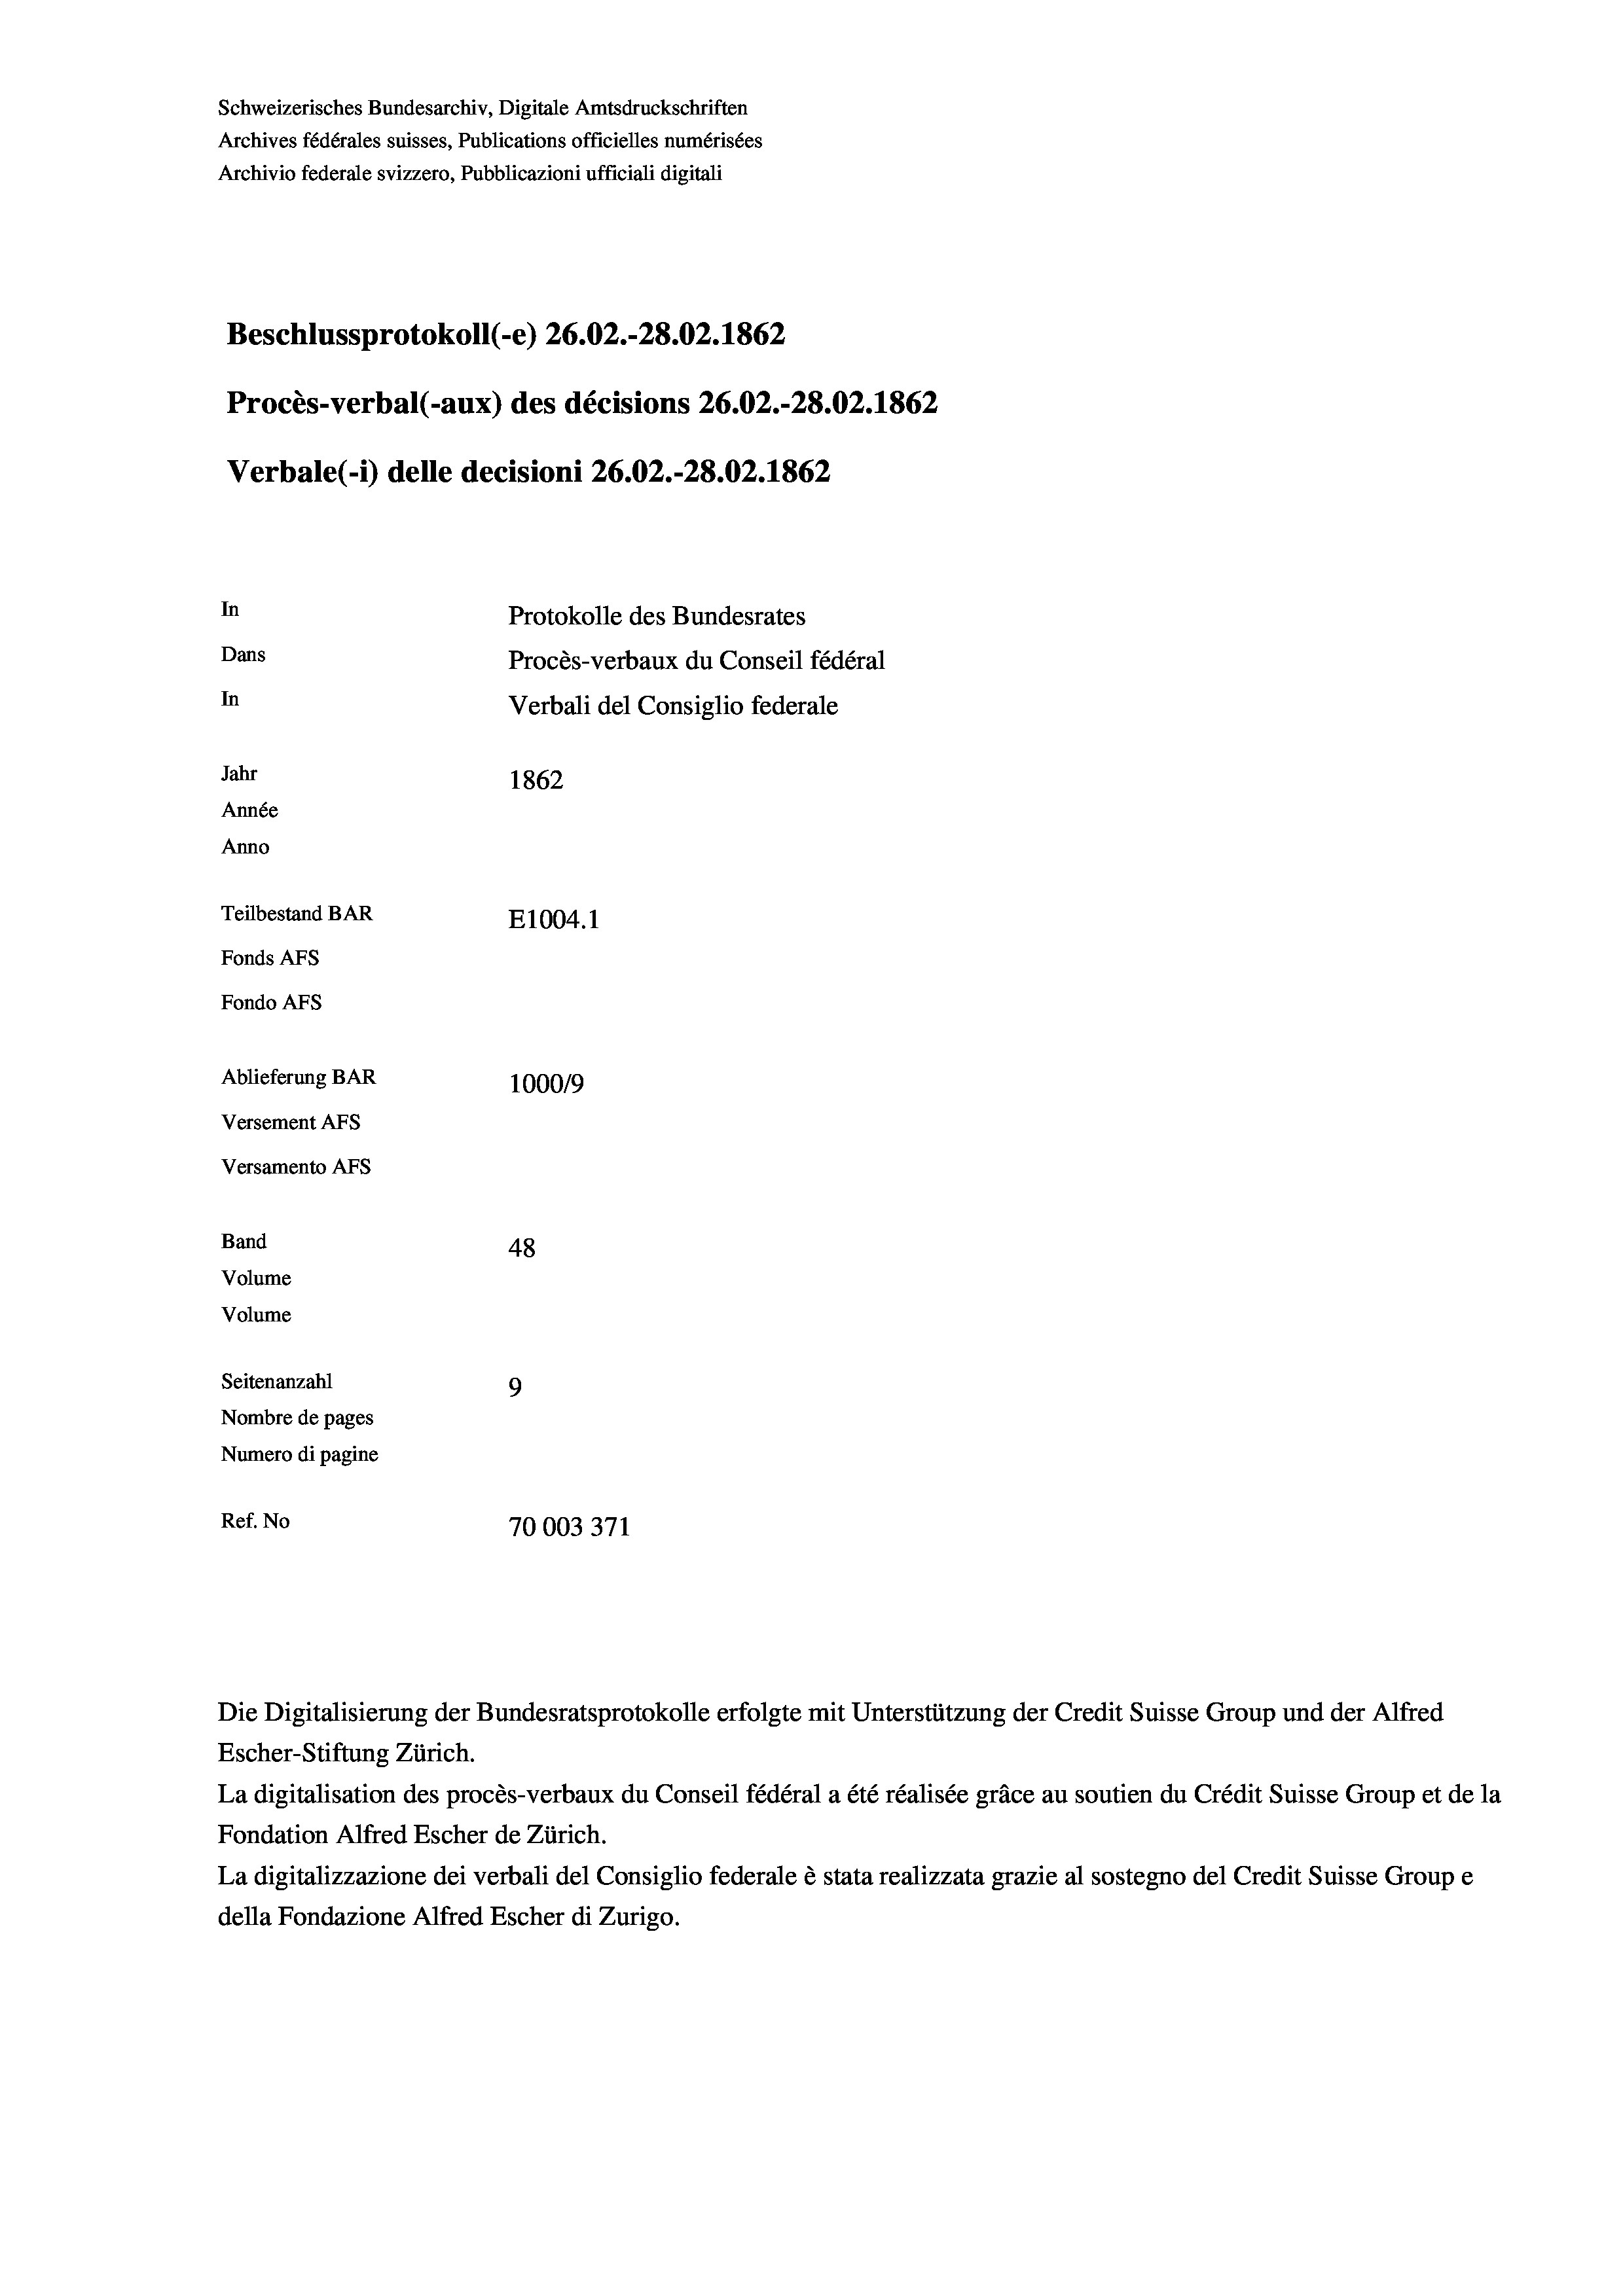
Schweizerisches Bundesarchiv, Digitale Amtsdruckschriften
Archives fédérales suisses, Publications officielles numérisées
Archivio federale svizzero, Pubblicazioni ufficiali digitali
Beschlussprotokoll (-e) 26.02.-28.02. 1862
Procès-verbal (-aux) des décisions 26.02.-28.02. 1862
Verbale (1) delle decisioni 26.02.-28.02. 1862
In
Protokolle des Bundesrates
Dans
Procès-verbaux du Conseil fédéral
In
Verbali del Consiglio federale
Jahr
1862
Année
Anno
Teilbestand BAR
E1004. 1
Fonds AFs
Fondo Afs
Ablieferung BAR
100019
Versement AFs
Versamento AFs

48
Seitenanzahl
9
Nombre de pages
Numero di pagine
Ref. No
70003371

Band
Volume

Volume

La digitalisation des procès-verbaux du Conseil fédéral a été réalisée gräce au soutien du Crédit Suisse Group et de la
Fondation Alfred Escher de Zürich.
La digitalizzazione dei verbali del Consiglio federale è stata realizzata grazie al sostegno del Credit Suisse Groupe
della Fondazione Alfred Escher di Zurigo.

Die Digitalisierung der Bundesratsprotokolle erfolgte mit Unterstützung der Credit Suisse Group und der Alfred
Escher-Stiftung Zürich.